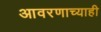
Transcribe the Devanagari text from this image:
आवरणाच्याही